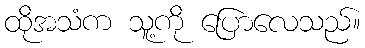
ထိုအသံက သူ့ကို ပြောလေသည်။